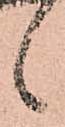
候